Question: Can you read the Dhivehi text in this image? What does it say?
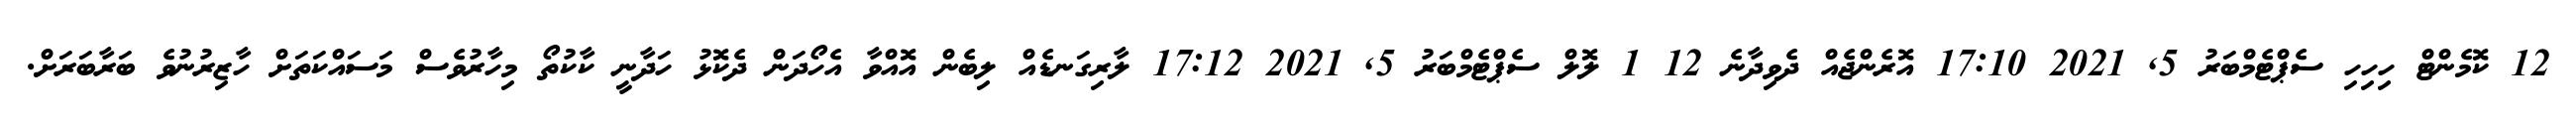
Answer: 12 ކޮމެންޓް ހިހިހި ސެޕްޓެމްބަރު 5, 2021 17:10 އޮރެންޖެއް ދެވިދާނެ 12 1 ލޮލް ސެޕްޓެމްބަރު 5, 2021 17:12 ލާރިގަނޑެއް ލިބެން އޮއްވާ އެހޯދަން ދެކޮޅު ހަދާނީ ކާކުތޯ މިހާރުވެސް މަސައްކަތަށް ހާޒިރުނުވެ ބަރާބަރަށް.